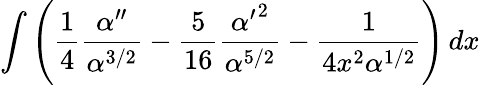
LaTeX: \int\left({\frac{1}{4}}{\frac{\alpha^{\prime\prime}}{\alpha^{3/2}}}-{\frac{5}{16}}{\frac{{\alpha^{\prime}}^{2}}{\alpha^{5/2}}}-{\frac{1}{4x^{2}\alpha^{1/2}}}\right)\, dx